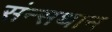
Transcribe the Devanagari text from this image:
संन्सथान